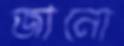
জানো